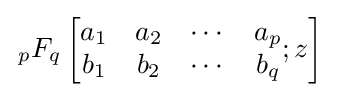
\,{}_{p}F_{q}\left[{\begin{matrix}a_{1}&a_{2}&\cdots &a_{p}\\b_{1}&b_{2}&\cdots &b_{q}\end{matrix}};z\right]